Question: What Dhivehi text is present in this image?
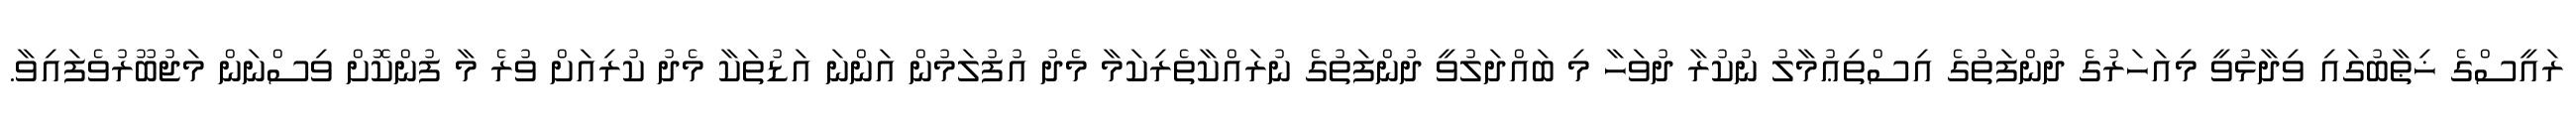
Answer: ރައީސްގެ ޚިޠާބުގައި ވިދާޅުވީ މިއަހަރުގެ ދުންފަތުގެ އިސްތިޢުމާލު ނުކުރާ ދުވަހާ މި ބައްދަލުވީ ދުންފަތުގެ ނުރައްކާތެރިކަމާ މެދު އުފުލަމުން އަންނަ އަޑުތަކާ މެދު ކުރިއަށް ވުރެ މާ ފުންކޮށް ވިސްނަން މަޖުބޫރުވެފައިވާ.